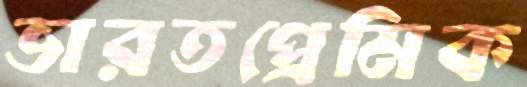
ভারতপ্রেমিক